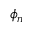
\phi _ { n }